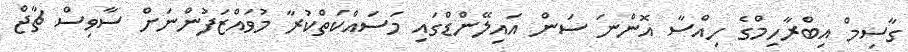
ގާސިމް އިބްރާހިމްގެ ހިއްސާ އޮންނަ ސަން އައިލޭންޑްގައި މަސައްކަތްކުރާ މުވައްޒަފުންނަށް ސާވިސް ޗާޖް